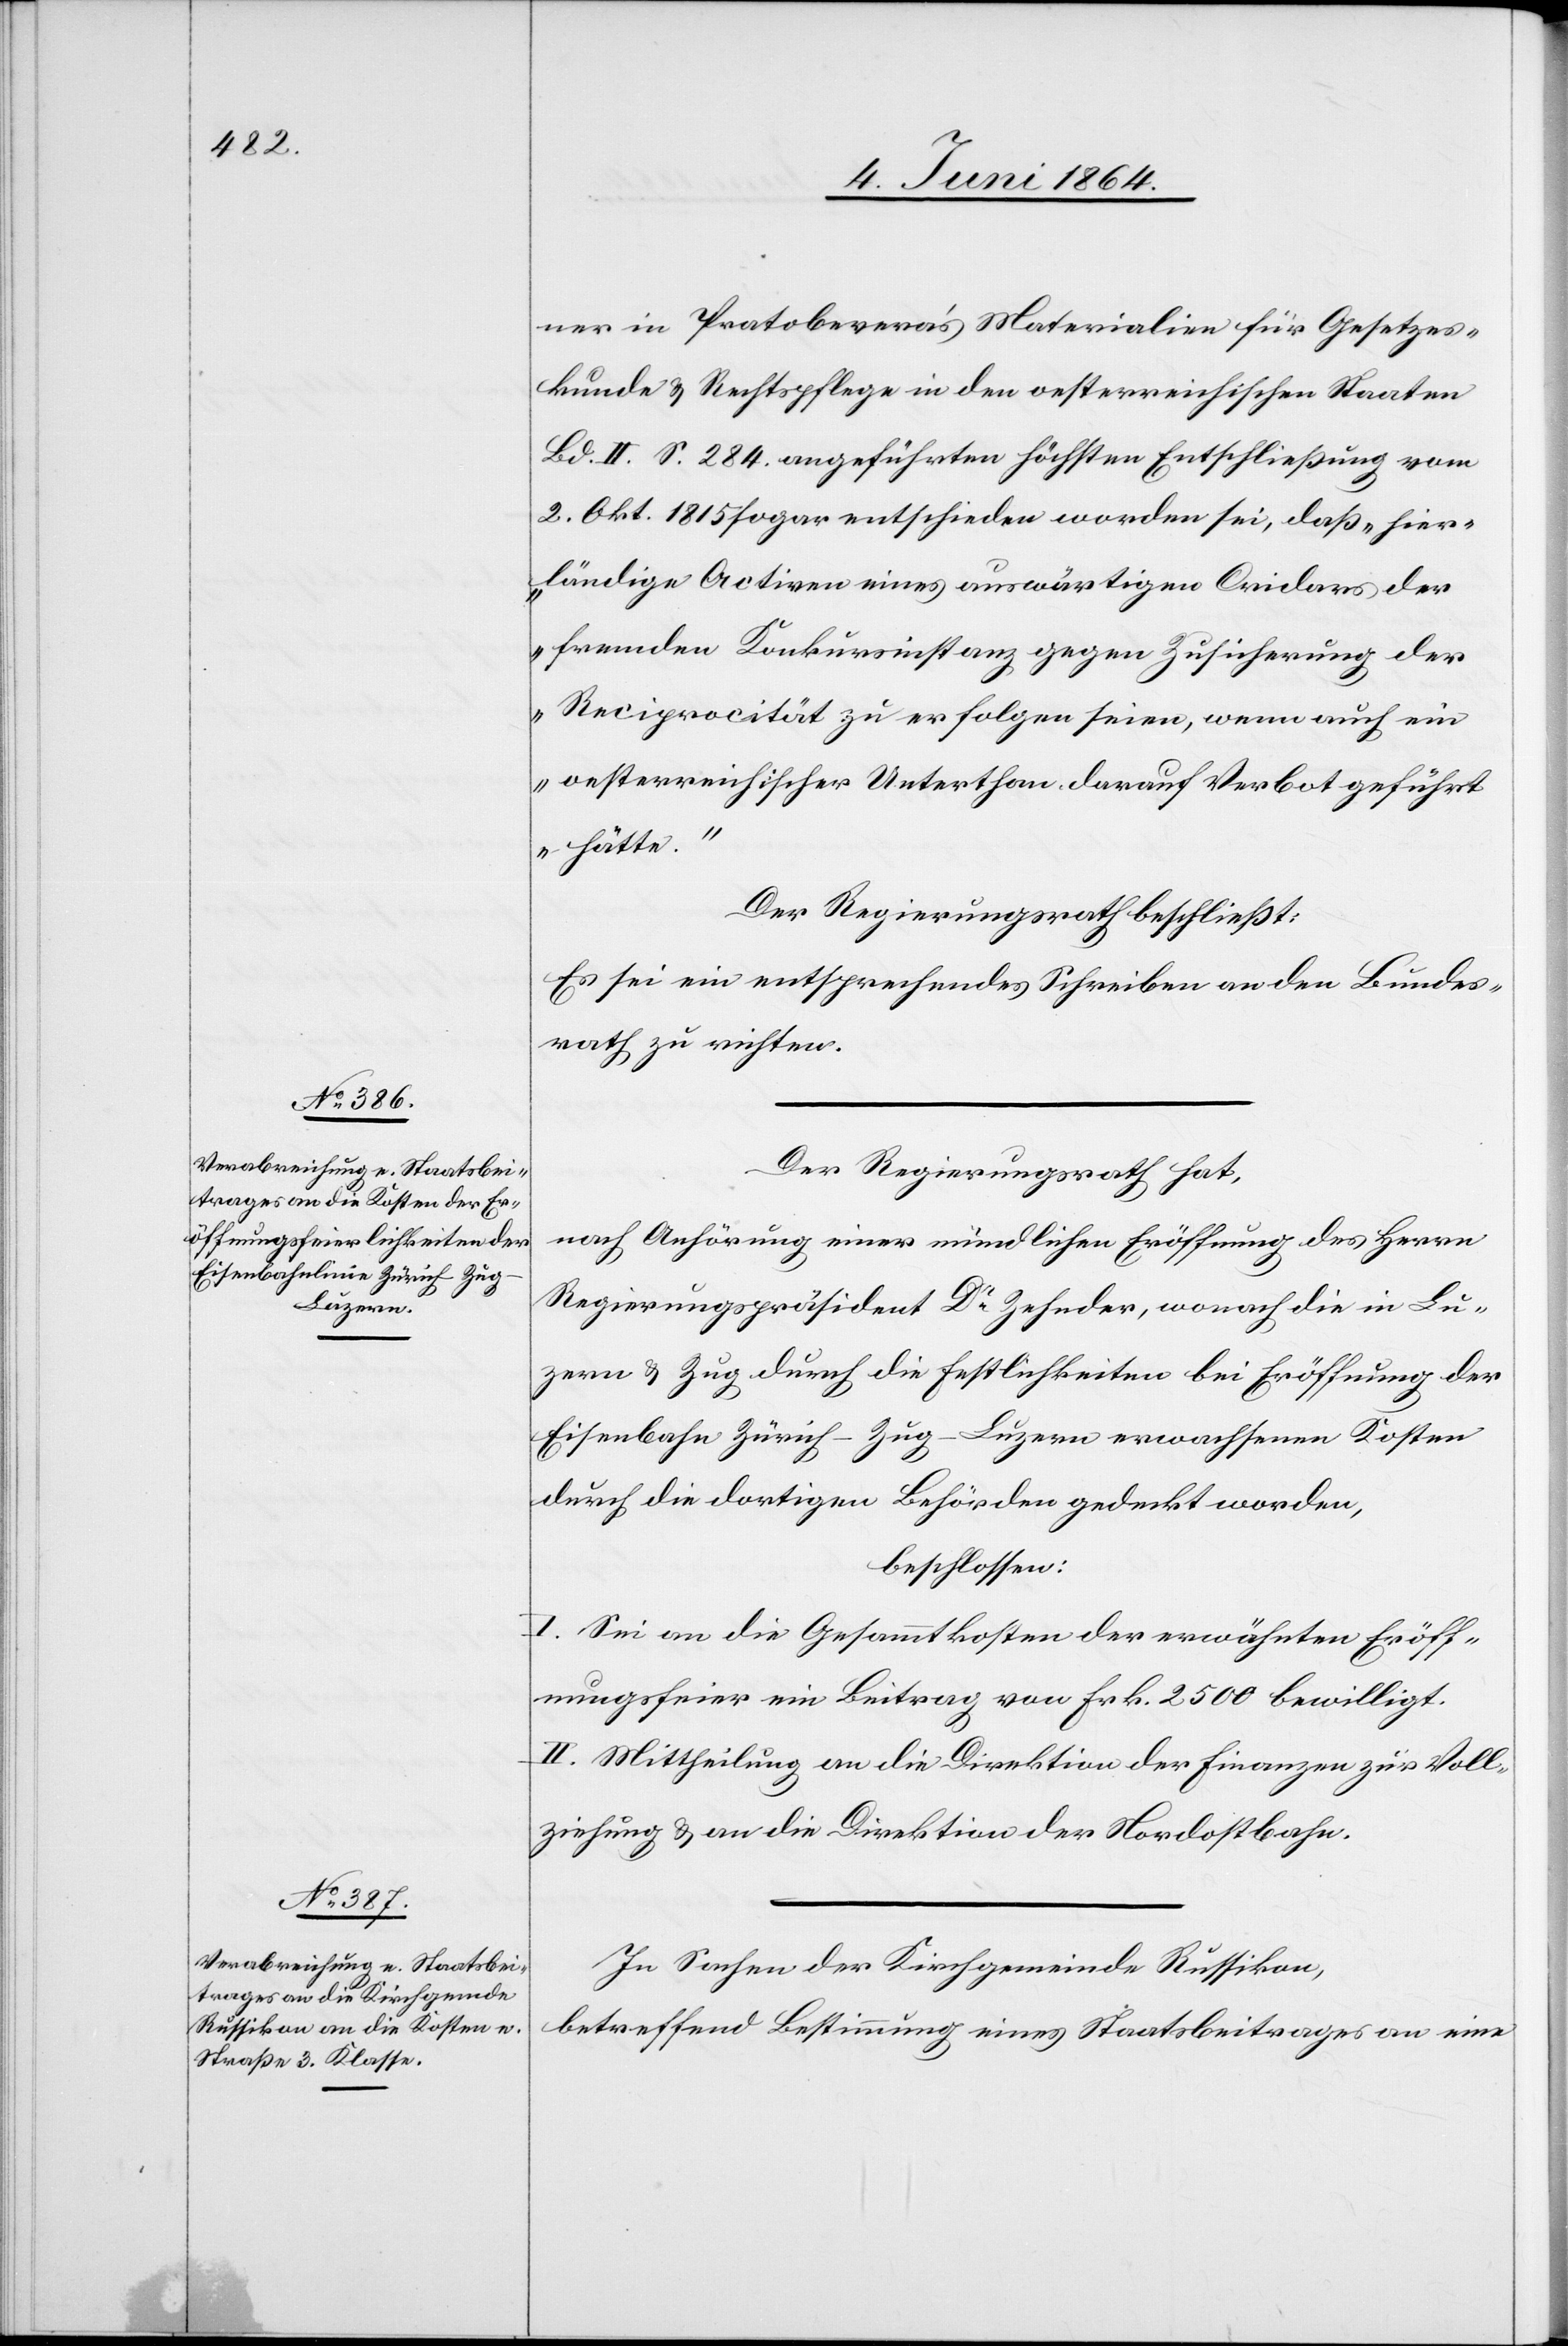
ner in Pratobevera’s Materialien für Gesetzes¬
kunde u. Rechtspflege in den oesterreichischen Staaten
Bd. II. S. 284. angeführten höchsten Entschließung vom
2. Okt. 1815 sogar entschieden worden sei, daß „hier¬
ländige Activen eines auswärtigen Cridars der
fremden Konkursinstanz gegen Zusicherung der
Reciprocität zu erfolgen seien, wenn auch ein
oesterreichischer Unterthan darauf Verbot geführt
hätte.“
Der Regierungsrath beschließt:
Es sei ein entsprechendes Schreiben an den Bundes¬
rath zu richten.
Der Regierungsrath hat,
nach Anhörung einer mündlichen Eröffnung des Herrn
Regierungspräsident Dr Zehnder, wonach die in Lu¬
zern u. Zug durch die Festlichkeiten bei Eröffnung der
Eisenbahn Zürich–Zug–Luzern erwachsenen Kosten
durch die dortigen Behörden gedeckt worden,
beschlossen:
I. Sei an die Gesammtkosten der erwähnten Eröff¬
nungsfeier ein Beitrag von Frk. 2500 bewilligt.
II. Mittheilung an die Direktion der Finanzen zur Voll¬
ziehung u. an die Direktion der Nordostbahn.
In Sachen der Kirchgemeinde Russikon,
betreffend Bestimmung eines Staatsbeitrages an eine